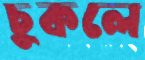
চুকলে